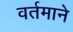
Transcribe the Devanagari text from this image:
वर्तमाने